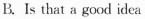
B.Is that a good idea